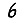
Digit: 6